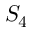
S _ { 4 }